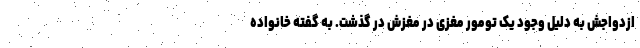
ازدواجش به دلیل وجود یک تومور مغزی در مغزش در گذشت. به گفته خانواده